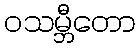
ဝသမ္ဘီတော